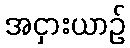
အငှားယာဉ်